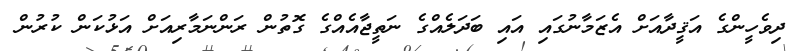
ދިވެހީންގެ އަޤީދާއަށް އެޒަމާނުގައި އައި ބަދަލެއްގެ ނަތީޖާއެއްގެ ގޮތުން ރަންނަމާރިއަށް އަޅުކަން ކުރުން